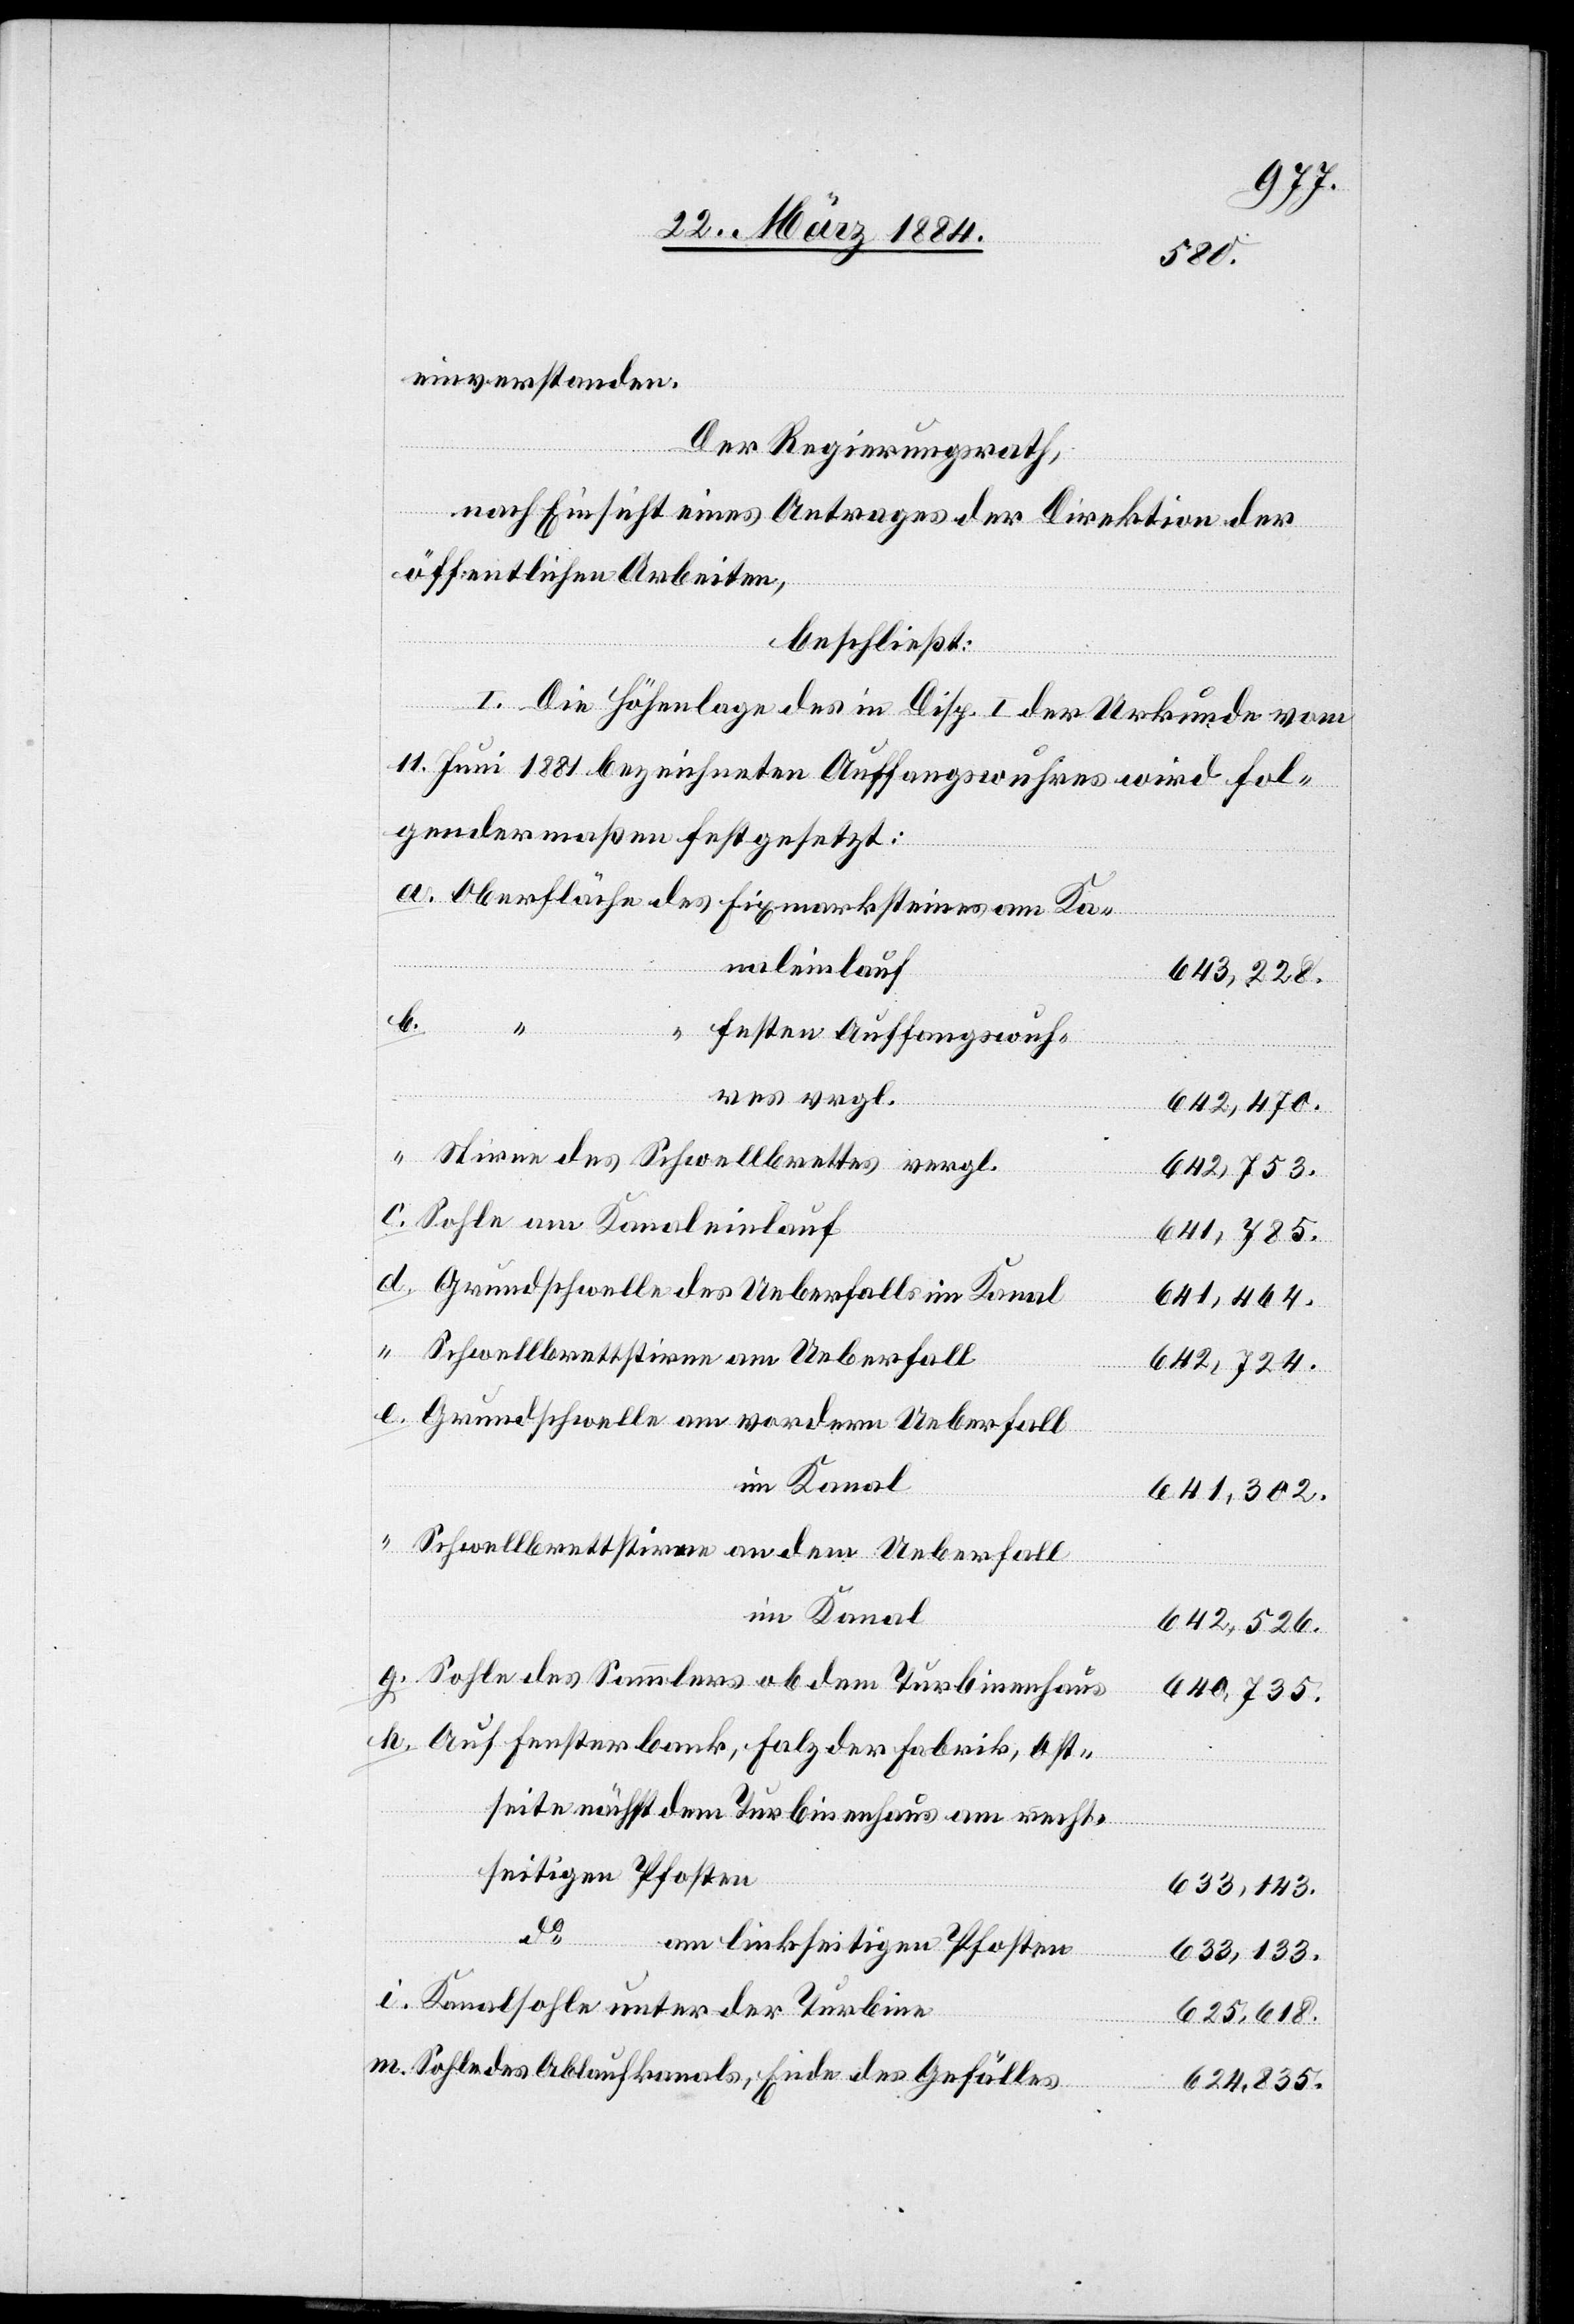
einverstanden.
Der Regierungsrath,
nach Einsicht eines Antrages der Direktion der
öffentlichen Arbeiten,
beschließt:
I. Die Höhenlage des in Disp. I der Urkunde vom
11. Juni 1881 bezeichneten Auffangswuhres wird fol¬
gendermaßen festgesetzt:
Oberfläche des Fixmarksteines am Ka¬
naleinlauf
643,228.
b.
m.
“ festen Auffangswuh¬
res vergl.
642,470.
Stirne des Schwellbrettes vergl.
642,753.
Sohle am Kanaleinlauf
641,785.
Grundschwelle des Ueberfalls im Kanal
641,464.
Schwellbrettstirne am Ueberfall
Grundschwelle am vordern Ueberfall
im Kanal
642,526.
Sohle des Sammlers ob dem Turbinenhaus
640,735.
Auf Fensterbank, Falz oder Fabrik, Ost¬
seite nächst dem Turbinenhaus am recht¬
seitigen Pfosten
633,143.
do
am linkseitigen Pfosten
633,133.
Kanalsohle unter der Turbine
625,618.
Sohle des Ablaufkanals, Ende des Gefälles
624, 835